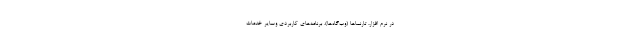
در نرم افزار، تارنماها (وب‌گاه‌ها)، برنامه‌های کاربردی وسایر خدمات